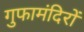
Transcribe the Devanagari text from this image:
गुफामंदिरों